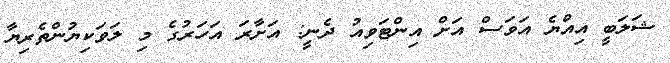
ޝަލަބީ އިއްޔެ އަވަސް އަށް އިންޓަވިއު ދެނީ: އަށާރަ އަހަރުގެ މި ލަވަކިޔުންތެރިޔާ